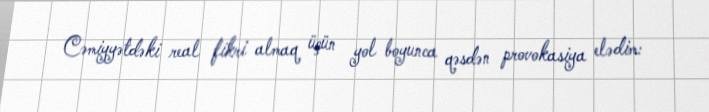
Cəmiyyətdəki real fikri almaq üçün yol boyunca qəsdən provokasiya elədim: